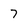
Character: 7